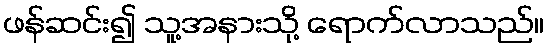
ဖန်ဆင်း၍ သူ့အနားသို့ ရောက်လာသည်။